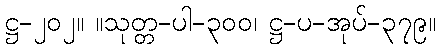
ဋ္ဌ-၂၀၂။ ။သုတ္တ-ပါ-၃၀၀၊ ဋ္ဌ-ပ-အုပ်-၃၇၉။